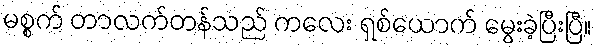
မစ္စက် တာလက်တန်သည် ကလေး ရှစ်ယောက် မွေးခဲ့ပြီးပြီ။